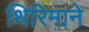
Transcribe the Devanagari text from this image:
थिरिमाने